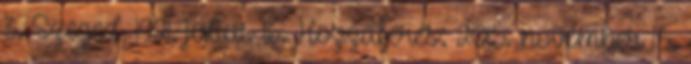
3. Szeged, 1921. július 16. Hozzáférés: 2015. november 15.